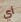
أي